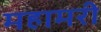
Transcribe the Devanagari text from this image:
महामरी